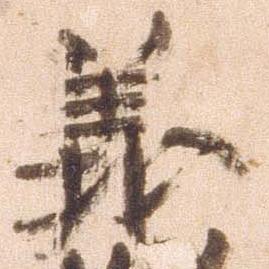
義